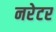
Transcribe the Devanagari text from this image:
नरेटर